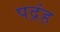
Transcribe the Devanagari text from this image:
पद्रंह